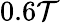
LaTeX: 0.6\mathcal{T}